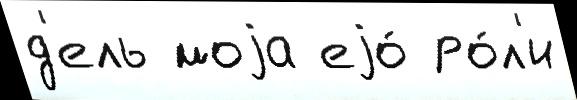
д'ель моjа еjо́ ро́л'и